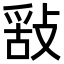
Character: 𢽿